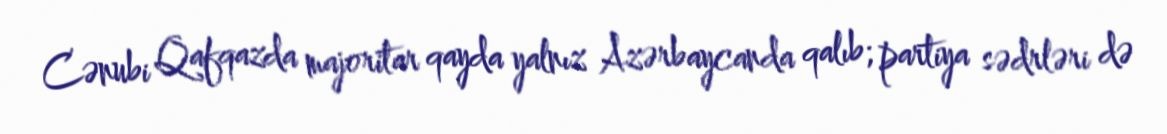
Cənubi Qafqazda majoritar qayda yalnız Azərbaycanda qalıb; partiya sədrləri də